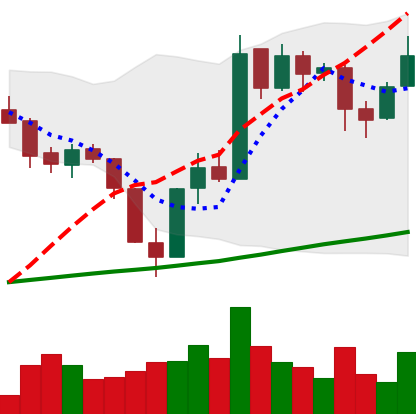
Ticker: BTC-USD
Chart end date: 2017-07-28
Forward return: -3.501%
Label: down_3_5